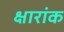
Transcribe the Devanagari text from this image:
क्षारांक